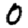
Digit: 0